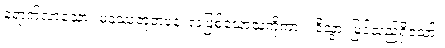
ရောက်လာသော။ မနုဿဘူတံပန၊ လူဖြစ်သောသူကိုကား။ ဒိသွာ၊ မြင်သည်ရှိသော်။